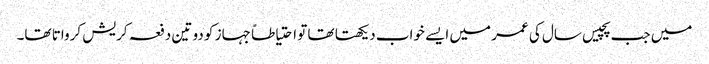
میں جب پچیس سال کی عمر میں ایسے خواب دیکھتا تھا تو احتیاطاً جہاز کو دو تین دفعہ کریش کرواتا تھا۔